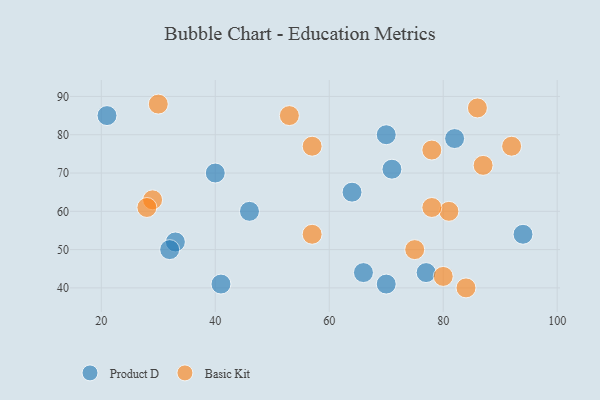
{"axis": {"x": "GDP", "y": "Life Expectancy"}, "legend": ["Basic Kit", "Product D"], "data": [{"x": "82", "y": 79, "type": "Product D"}, {"x": "46", "y": 60, "type": "Product D"}, {"x": "21", "y": 85, "type": "Product D"}, {"x": "40", "y": 70, "type": "Product D"}, {"x": "94", "y": 54, "type": "Product D"}, {"x": "70", "y": 80, "type": "Product D"}, {"x": "66", "y": 44, "type": "Product D"}, {"x": "64", "y": 65, "type": "Product D"}, {"x": "77", "y": 44, "type": "Product D"}, {"x": "70", "y": 41, "type": "Product D"}, {"x": "33", "y": 52, "type": "Product D"}, {"x": "41", "y": 41, "type": "Product D"}, {"x": "32", "y": 50, "type": "Product D"}, {"x": "71", "y": 71, "type": "Product D"}, {"x": "81", "y": 60, "type": "Basic Kit"}, {"x": "29", "y": 63, "type": "Basic Kit"}, {"x": "87", "y": 72, "type": "Basic Kit"}, {"x": "75", "y": 50, "type": "Basic Kit"}, {"x": "53", "y": 85, "type": "Basic Kit"}, {"x": "92", "y": 77, "type": "Basic Kit"}, {"x": "78", "y": 61, "type": "Basic Kit"}, {"x": "28", "y": 61, "type": "Basic Kit"}, {"x": "57", "y": 54, "type": "Basic Kit"}, {"x": "78", "y": 76, "type": "Basic Kit"}, {"x": "30", "y": 88, "type": "Basic Kit"}, {"x": "86", "y": 87, "type": "Basic Kit"}, {"x": "57", "y": 77, "type": "Basic Kit"}, {"x": "80", "y": 43, "type": "Basic Kit"}, {"x": "84", "y": 40, "type": "Basic Kit"}]}